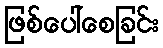
ဖြစ်ပေါ်စေခြင်း